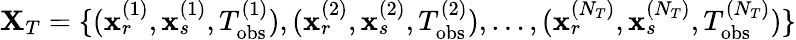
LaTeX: {\mathbf X}_{T}=\{ ({\mathbf x}_{r}^{(1)},{\mathbf x}_{s}^{(1)},T_{\mathrm{obs}}^{(1)}),({\mathbf x}_{r}^{(2)},{\mathbf x}_{s}^{(2)},T_{\mathrm{obs}}^{(2)}),\dots,({\mathbf x}_{r}^{(N_{T})},{\mathbf x}_{s}^{(N_{T})},T_{\mathrm{obs}}^{(N_{T})})\}